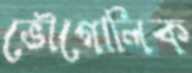
ভৌগোলিক